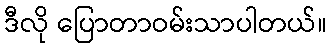
ဒီလို ပြောတာဝမ်းသာပါတယ်။